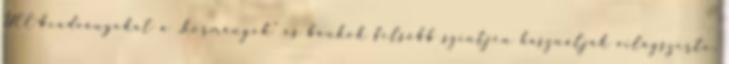
UCC-beadványokat a „kormányok” és bankok felsőbb szintjén használják világszerte,